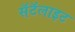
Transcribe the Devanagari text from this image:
सॅटॅलाइट